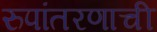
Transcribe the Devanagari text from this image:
रुपांतरणाची